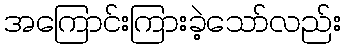
အကြောင်းကြားခဲ့သော်လည်း